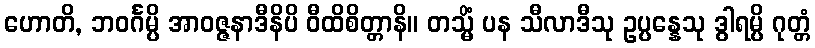
ဟောတိ, ဘဝင်္ဂမ္ပိ အာဝဇ္ဇနာဒီနိပိ ဝီထိစိတ္တာနိ။ တသ္မိံ ပန သီလာဒီသု ဥပ္ပန္နေသု ဒွါရမ္ပိ ဂုတ္တံ